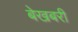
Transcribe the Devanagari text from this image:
बेखबरी